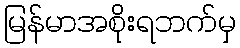
မြန်မာအစိုးရဘက်မှ